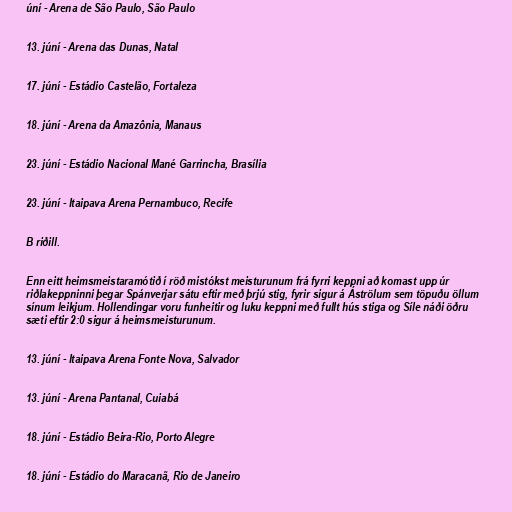
úní - Arena de São Paulo, São Paulo

13. júní - Arena das Dunas, Natal

17. júní - Estádio Castelão, Fortaleza

18. júní - Arena da Amazônia, Manaus

23. júní - Estádio Nacional Mané Garrincha, Brasília

23. júní - Itaipava Arena Pernambuco, Recife

B riðill.

Enn eitt heimsmeistaramótið í röð mistókst meisturunum frá fyrri keppni að komast upp úr
riðlakeppninni þegar Spánverjar sátu eftir með þrjú stig, fyrir sigur á Áströlum sem töpuðu öllum
sínum leikjum. Hollendingar voru funheitir og luku keppni með fullt hús stiga og Síle náði öðru
sæti eftir 2:0 sigur á heimsmeisturunum.

13. júní - Itaipava Arena Fonte Nova, Salvador

13. júní - Arena Pantanal, Cuiabá

18. júní - Estádio Beira-Rio, Porto Alegre

18. júní - Estádio do Maracanã, Rio de Janeiro